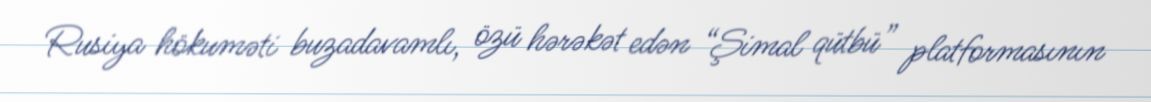
Rusiya hökuməti buzadavamlı, özü hərəkət edən “Şimal qütbü” platformasının